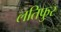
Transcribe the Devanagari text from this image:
लतिफुर